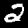
Label: 2